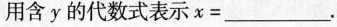
用含y的代数式表示$$x = ___$$。